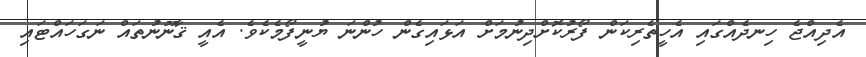
އެދިއްޖެ ހިނދެއްގައި އެހީތެރިކަން ފޯރުކޮށްދިނުމަށް އަޅައިގެން ހުންނަ ޔުނީފޯމެކެވެ. އެއީ ޤާނޫނުތައް ނަގަހައްޓައި